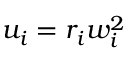
u _ { i } = r _ { i } w _ { i } ^ { 2 }